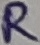
Text: R